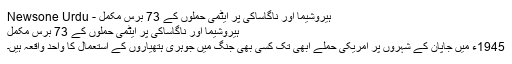
ہیروشیما اور ناگاساکی پر ایٹمی حملوں کے 73 برس مکمل - Newsone Urdu
ہیروشیما اور ناگاساکی پر ایٹمی حملوں کے 73 برس مکمل
1945ء میں جاپان کے شہروں پر امریکی حملے ابھی تک کسی بھی جنگ میں جوہری ہتھیاروں کے استعمال کا واحد واقعہ ہیں۔